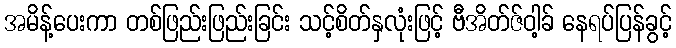
အမိန့်ပေးကာ တစ်ဖြည်းဖြည်းခြင်း သင့်စိတ်နှလုံးဖြင့် ဗီအိတ်ဇ်ဝါ့ခ် နေရပ်ပြန်ခွင့်